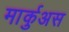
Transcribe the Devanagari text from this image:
मार्कुअस